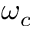
\omega _ { c }